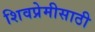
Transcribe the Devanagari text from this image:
शिवप्रेमीसाठी